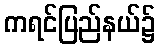
ကရင်ပြည်နယ်၌